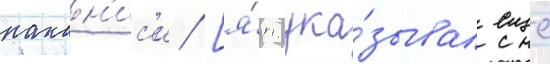
накан'ис'и [я́п. ука́зывал еще